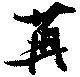
苒